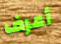
أعرف